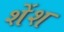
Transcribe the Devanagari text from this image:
शेंश